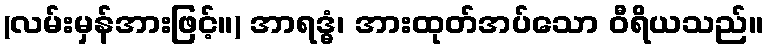
(လမ်းမှန်အားဖြင့်။) အာရဒ္ဓံ၊ အားထုတ်အပ်သော ဝီရိယသည်။